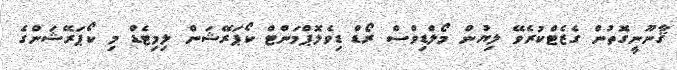
ޤާނޫނީގޮތުން ގެޒެޓްކުރެވޭ ލިޔުން މޯލްޑިވްސް ރޯޑް ޑިވެލޮޕްމަންޓް ކޯޕަރޭޝަން ލިމިޓެޑް މި ކޯޕަރޭޝަންގެ